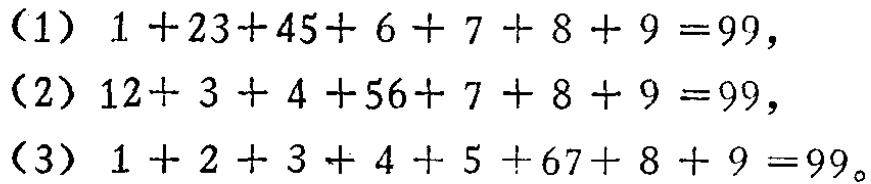
（1）\(1 + 23+45+ 6 + 7 + 8 + 9 =99\)，

（2）\(12+ 3 + 4 +56+ 7 + 8 + 9 =99\)，

（3）\(1 + 2 + 3 + 4 + 5 +67+ 8 + 9 =99\)。